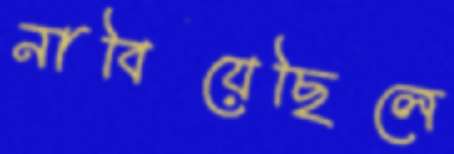
নাবিয়েছিলে